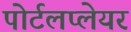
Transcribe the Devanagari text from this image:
पोर्टलप्लेयर